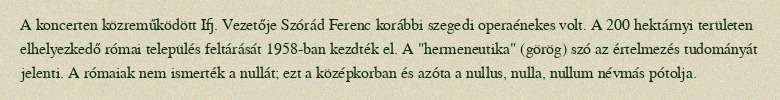
A koncerten közreműködött Ifj. Vezetője Szórád Ferenc korábbi szegedi operaénekes volt. A 200 hektárnyi területen elhelyezkedő római település feltárását 1958-ban kezdték el. A "hermeneutika" (görög) szó az értelmezés tudományát jelenti. A rómaiak nem ismerték a nullát; ezt a középkorban és azóta a nullus, nulla, nullum névmás pótolja.